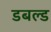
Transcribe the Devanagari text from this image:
डबल्ड